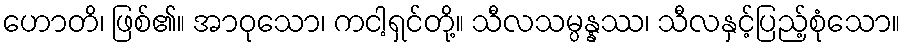
ဟောတိ၊ ဖြစ်၏။ အာဝုသော၊ ကငါ့ရှင်တို့။ သီလသမ္ပန္နဿ၊ သီလနှင့်ပြည့်စုံသော။